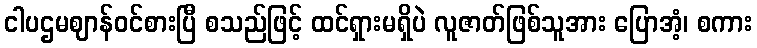
ငါပဌမဈာန်ဝင်စားပြီ စသည်ဖြင့် ထင်ရှားမရှိပဲ လူဇာတ်ဖြစ်သူအား ပြောအံ့၊ စကား